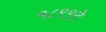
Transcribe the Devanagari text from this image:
१८९९ते